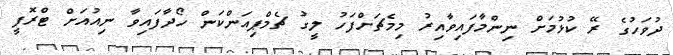
ދުވަހުގެ ރޭ ކުޅުމަށް ނިންމާފައިވާއިރު މިމެޗަށްފަހު ލީގު ޗެމްޕިއަންކަން ހޯދާފައިވާ ނިއުއަށް ޓްރޮފީ